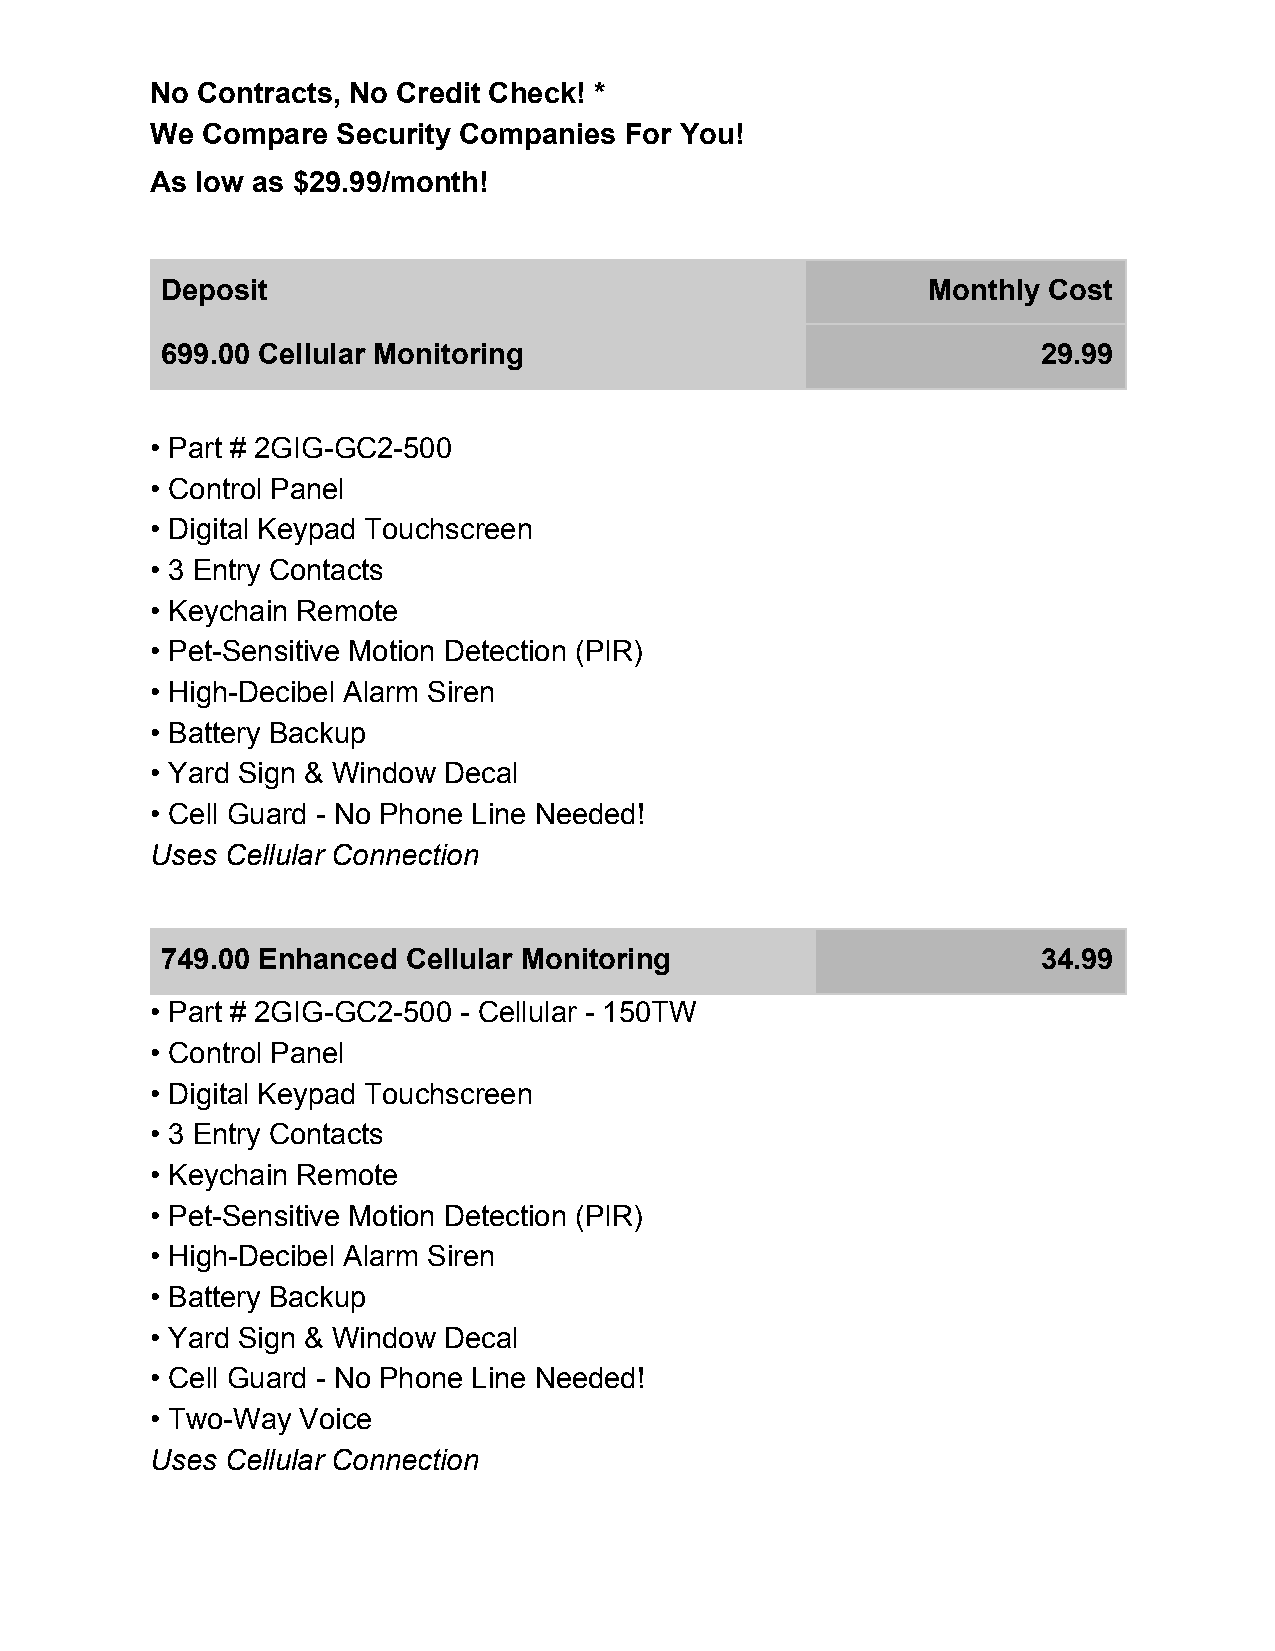
No Contracts, No Credit Check! *
 We Compare  Security Companies For You!
 As low as $29.99/month!
 Deposit                                           Monthly Cost
 699.00 Cellular Monitoring                                29.99
 • Part # 2GIG-GC2-500
 • Control Panel
 • Digital Keypad Touchscreen
 • 3 Entry Contacts
 • Keychain Remote
 • Pet-Sensitive Motion Detection (PIR)
 • High-Decibel Alarm Siren
 • Battery Backup
 • Yard Sign & Window Decal
 • Cell Guard - No Phone Line Needed!
 Uses Cellular Connection
 749.00 Enhanced Cellular Monitoring                       34.99
 • Part # 2GIG-GC2-500 - Cellular - 150TW
 • Control Panel
 • Digital Keypad Touchscreen
 • 3 Entry Contacts
 • Keychain Remote
 • Pet-Sensitive Motion Detection (PIR)
 • High-Decibel Alarm Siren
 • Battery Backup
 • Yard Sign & Window Decal
 • Cell Guard - No Phone Line Needed!
 • Two-Way Voice
 Uses Cellular Connection